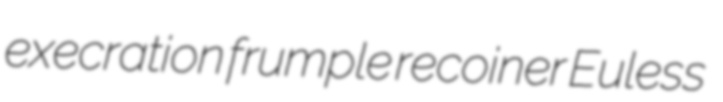
execration frumple recoiner Euless